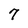
Character: 7